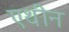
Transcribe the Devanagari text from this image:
एथीन